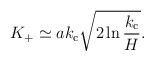
\begin{align*}K_+\simeq ak_{\rm c}\sqrt{2\ln\frac{k_{\rm c}}{H}}.\end{align*}